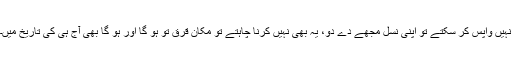
نہیں واپس کر سکتے تو اپنی نسل مجھے دے دو، یہ بھی نہیں کرنا چاہتے تو مکان قرق تو ہو گا اور ہو گا بھی آج ہی کی تاریخ میں۔